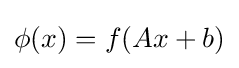
\phi (x)=f(Ax+b)